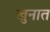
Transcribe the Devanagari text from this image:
खुनात